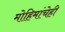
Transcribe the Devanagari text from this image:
मोहिमांचेही